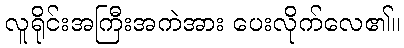
လူရိုင်းအကြီးအကဲအား ပေးလိုက်လေ၏။